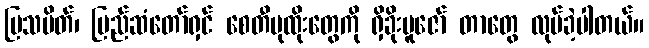
မြသပိတ်၊ ပြည်ဆံတော်ရှင် စေတီပုထိုးတွေကို ရှိခိုးပူဇော် တာတွေ လုပ်ခဲ့ပါတယ်။